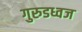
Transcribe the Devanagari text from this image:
गुरुडध्वज